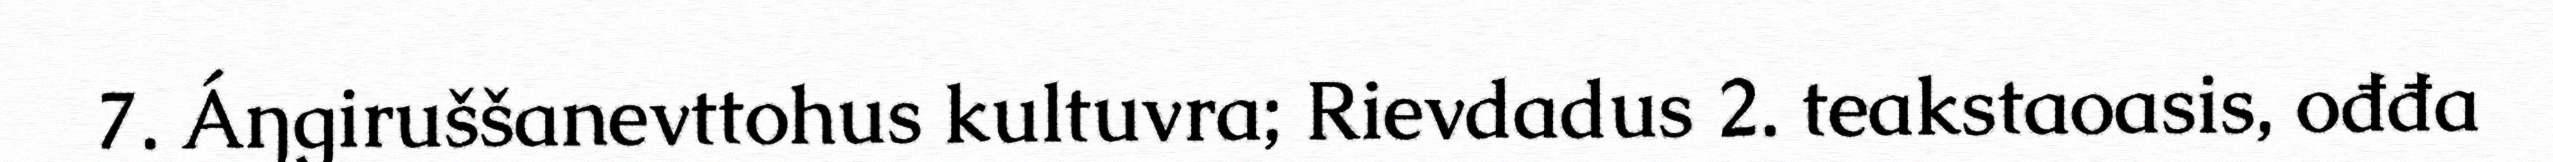
7. Áŋgiruššanevttohus kultuvra; Rievdadus 2. teakstaoasis, ođđa